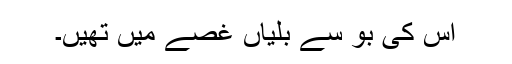
اس کی بوٗ سے بلّیاں غصّے میں تھیں۔